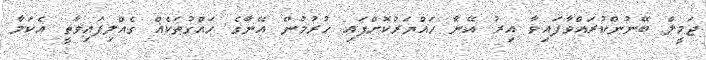
ޖަމީލް ބޭނުންކުރައްވާފައިވާ އިރު އޭނާ ހައްޔަރުކޮށްފައި ހުރުމުން އޭނާގެ ހައްގުތަކެއް ގެއްލިފައިވާތީ އެކަމާ